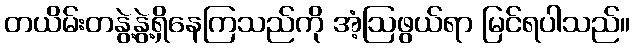
တယိမ်းတနွဲ့နွဲ့ရှိနေကြသည်ကို အံ့ဩဖွယ်ရာ မြင်ရပါသည်။